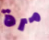
مرة